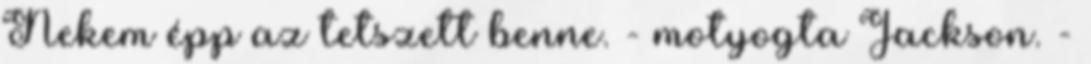
Nekem épp az tetszett benne. - motyogta Jackson. -